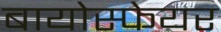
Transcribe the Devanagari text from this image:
बायोस्फेयर